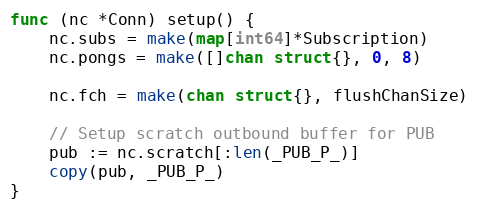
Language: Go
func (nc *Conn) setup() {
	nc.subs = make(map[int64]*Subscription)
	nc.pongs = make([]chan struct{}, 0, 8)

	nc.fch = make(chan struct{}, flushChanSize)

	// Setup scratch outbound buffer for PUB
	pub := nc.scratch[:len(_PUB_P_)]
	copy(pub, _PUB_P_)
}